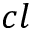
c l